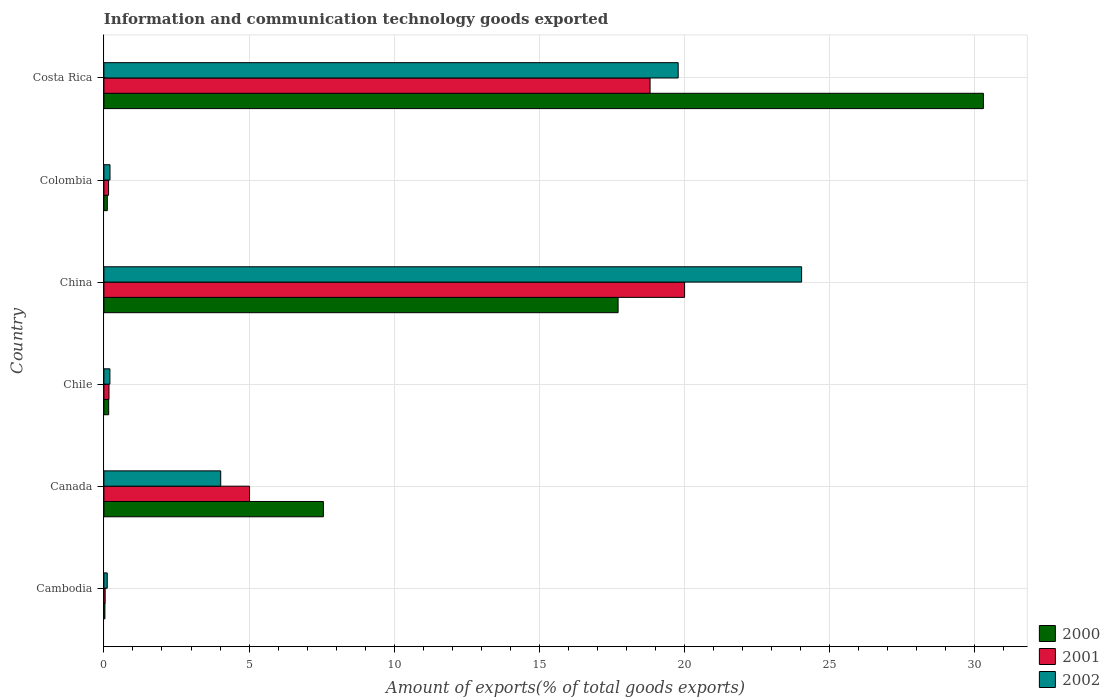
| Country | 2000 | 2001 | 2002 |
 | --- | --- | --- | --- |
 | Cambodia | 0.0351 | 0.0437 | 0.115 |
 | Canada | 7.56 | 5.02 | 4.02 |
 | Chile | 0.165 | 0.175 | 0.207 |
 | China | 17.7 | 20 | 24 |
 | Colombia | 0.117 | 0.161 | 0.21 |
 | Costa Rica | 30.3 | 18.8 | 19.8 |